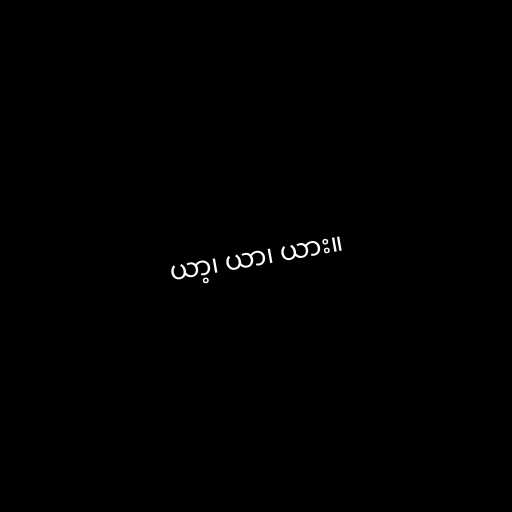
ယာ့၊ ယာ၊ ယား။